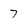
Character: 7